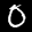
Label: 0